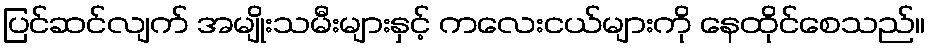
ပြင်ဆင်လျက် အမျိုးသမီးများနှင့် ကလေးငယ်များကို နေထိုင်စေသည်။